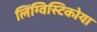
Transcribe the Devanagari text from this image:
लिंग्विस्टिकोया